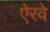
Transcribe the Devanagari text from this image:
ऐरवे